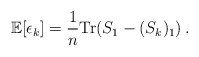
\begin{align*}\mathbb{E}[\epsilon_k] = \frac{1}{n}\mathrm{Tr} (S_1 - (S_k)_1)\,.\end{align*}